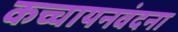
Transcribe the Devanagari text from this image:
कच्चायनवंदना